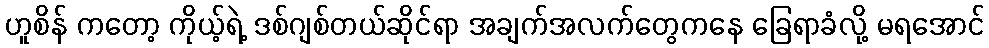
ဟူစိန် ကတော့ ကိုယ့်ရဲ့ ဒစ်ဂျစ်တယ်ဆိုင်ရာ အချက်အလက်တွေကနေ ခြေရာခံလို့ မရအောင်